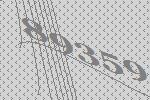
89359